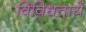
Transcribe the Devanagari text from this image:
विविधतायें